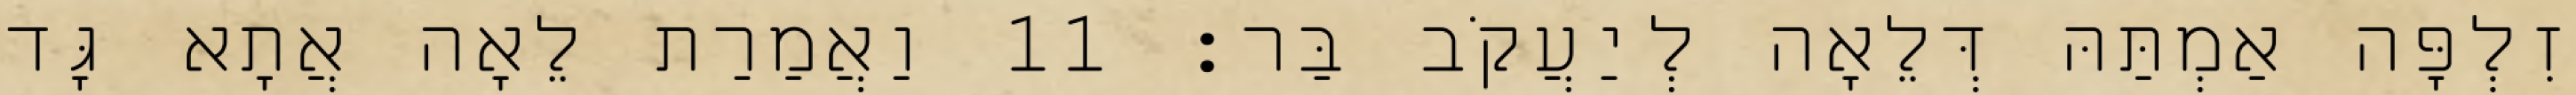
זִלְפָּה אַמְתַּהּ דְּלֵאָה לְיַעֲקֹב בַּר׃ 11 וַאֲמַרַת לֵאָה אֲתָא גָּד